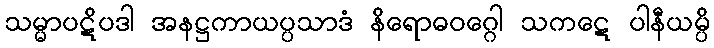
သမ္မာပဋိပဒါ အနဋ္ဌကာယပ္ပသာဒံ နိရောဓဝဂ္ဂေါ သကဋေ ပါနီယမ္ပိ